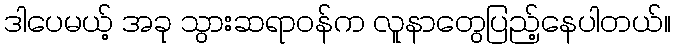
ဒါပေမယ့် အခု သွားဆရာဝန်က လူနာတွေပြည့်နေပါတယ်။